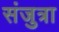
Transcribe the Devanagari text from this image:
संजुत्रा